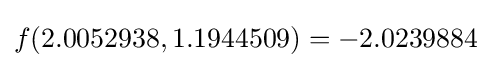
f(2.0052938,1.1944509)=-2.0239884